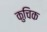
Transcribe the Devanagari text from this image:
कुचिक